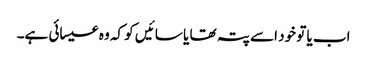
اب یا تو خود اسے پتہ تھا یا سائیں کو کہ وہ عیسائی ہے۔